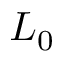
L _ { 0 }